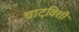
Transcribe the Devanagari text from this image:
चाटविशी